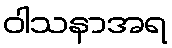
ဝါသနာအရ